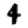
Digit: 4